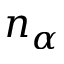
n _ { \alpha }